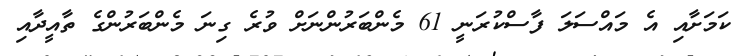
ކަމަށާއި އެ މައްސަލަ ފާސްކުރަނީ 61 މެންބަރުންނަށް ވުރެ ގިނަ މެންބަރުންގެ ތާއީދާއި